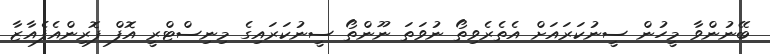
ބޭނުންވާ މީހުން ސީނުކަރައަށް އެތެރެވިތޯ ނުވަތަ ނޫންތޯ ސީނުކަރައިގެ މިނިސްޓްރީ އޮފް ފޮރިންއެފެއާޒާ